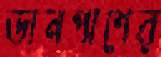
ডানপাশের